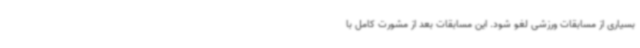
بسیاری از مسابقات ورزشی لغو شود. این مسابقات بعد از مشورت کامل با